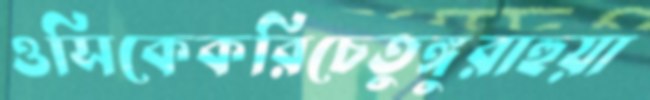
ওসিকেকরিচেতুঙ্গুরাহুয়া